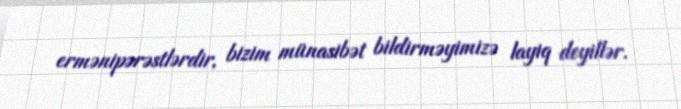
ermənipərəstlərdir, bizim münasibət bildirməyimizə layiq deyillər.